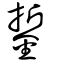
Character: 銴